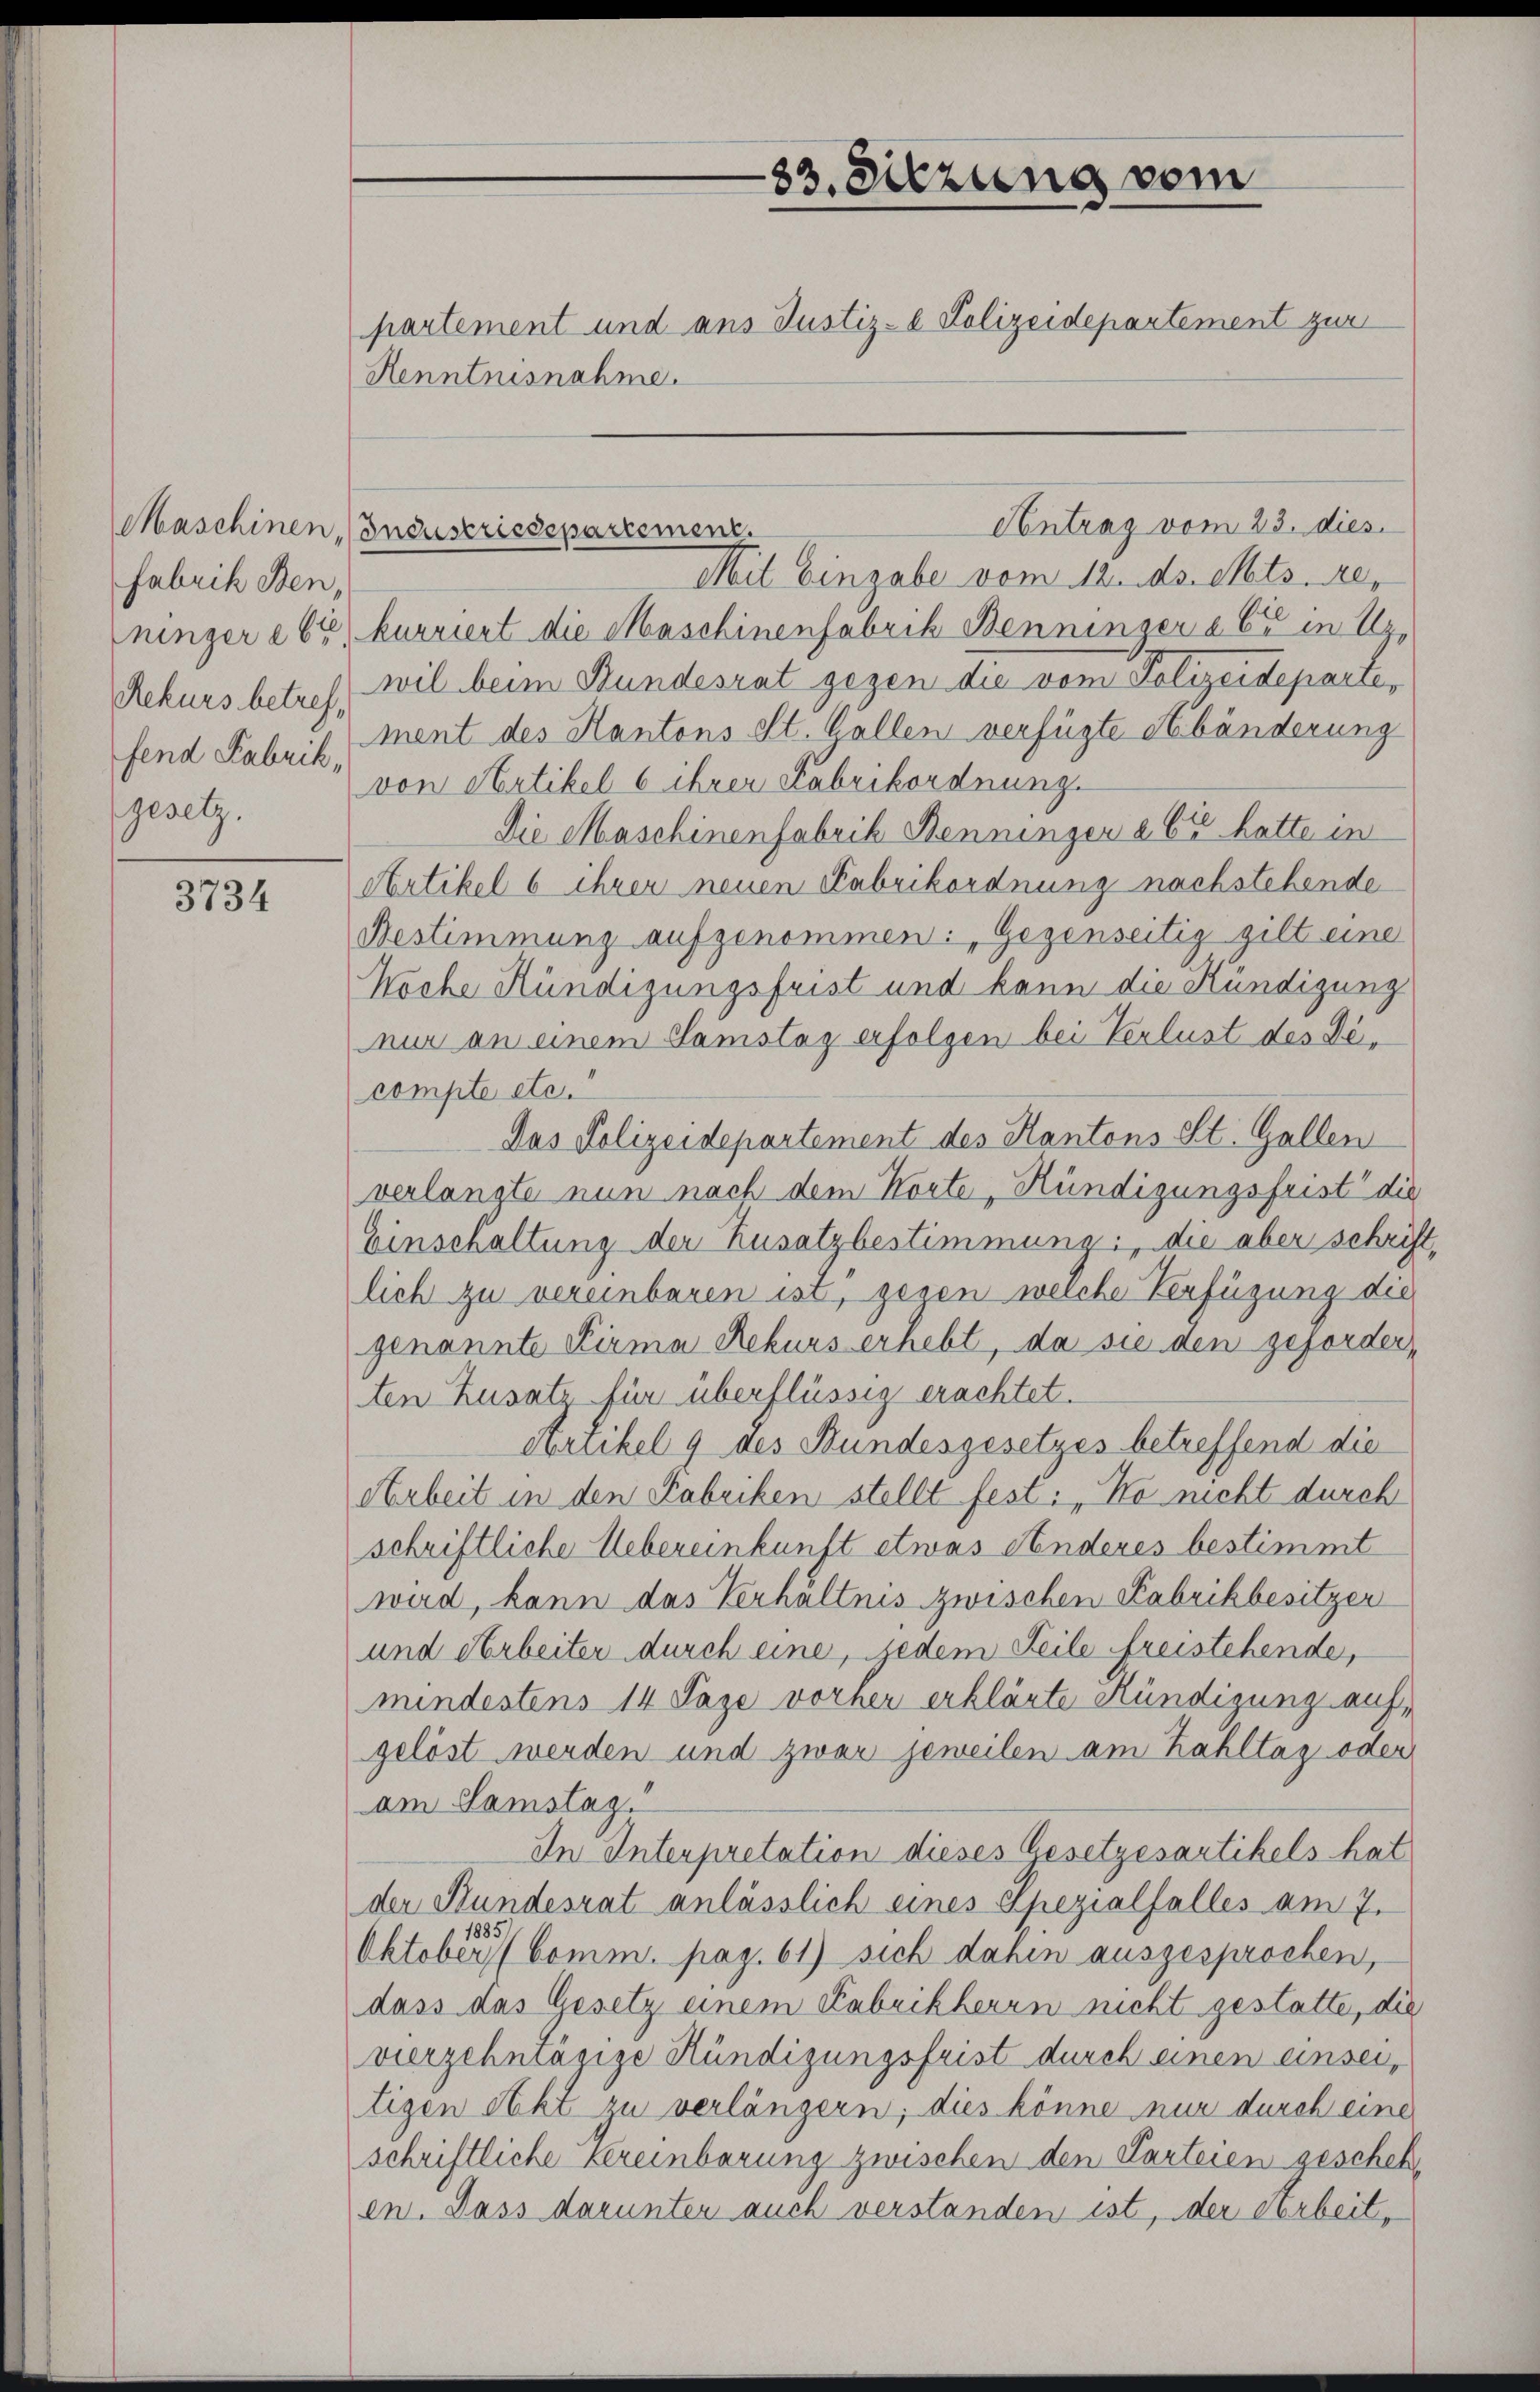
Fabrik Bengesetz.

3734

83. Sitzung vom
partement und aus Justiz- & Polizeidepartement zur
Kenntnisnahme.

Mit Eingabe vom 12. ds. Mts. reninger a 65 kurriert die Maschinenfabrik Benninger a 6 in Ur¬
Rekurs betreff wil beim Bundesrat gegen die vom Polizeideparte,
ment des Kantons St. Gallen verfügte Abänderung
fend Fabrik, von Artikel 6 ihrer Fabrikordnung.
Die Maschinenfabrik Benninger a 6te hatte in
Artikel 6 ihrer neuen Fabrikordnung nachstehende
Bestimmung aufgenommen: Gegenseitig gilt eine
Woche Kündigungsfrist und kann die Kündigung
nur an einem Samstag erfolgen bei Verlust des Dicompte etc.
Das Polizeidepartement des Kantons St. Gallen
verlangte nun nach dem Korte, Hündigungsfrist die
Einschaltung der Zusatzbestimmung, die aber schriftlich zu vereinbaren ist, gegen welche Verfügung die
genannte Firma Rekurs erhebt, da sie den geforder
ten Zusatz für überflüssig erachtet.
Artikel 9 des Bundesgesetzes betreffend die
Arbeit in den Fabriken stellt fest: „Na nicht durch
schriftliche Uebereinkunft etwas Anderes bestimmt
wird, kann das Verhältnis zwischen Fabrikbesitzer
und Arbeiter durch eine, jedem Zeile freistehende,
mindestens 14 Tage vorher erklärte Kündigung aufgelöst werden und zwar jeweilen am Zahltag oder
am Samstag.
In Interpretation dieses Gesetzesartikels hat
der Bundesrat anlässlich eines Spezialfalles am 7.
1885)
Oktober (Comm. pag. 61) sich dahin ausgesprochen,
dass das Gesetz einem Fabrikherrn nicht gestatte, die
vierzehntägige Kündigungsfrist durch einen einseitigen Akt zu verlängern; dies könne nur durch eine
schriftliche Vereinbarung zwischen den Parteien geschehe
en. Dass darunter auch verstanden ist, der Arbeite

Maschinen, (Industriesspartement

Antrag vom 23. dies